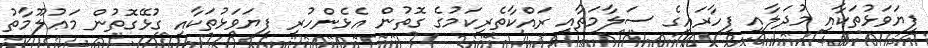
ފިޔަވަޅުތަކާއި މުދަލާއި ފިހާރައިގެ ސަލާމަތާއި ރައްކާތެރިކަމުގެ ގޮތުން އެޅެންހުރި ފިޔަވަޅުތަކާއި ގުޅޭގޮތުން މަޢުލޫމާތު